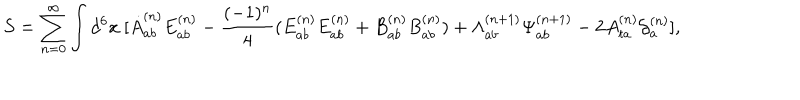
LaTeX: S = \sum _ { n = 0 } ^ { \infty } \int d ^ { 6 } x \ [ \dot { A } _ { a b } ^ { ( n ) } E _ { a b } ^ { ( n ) } - \frac { ( - 1 ) ^ { n } } { 4 } ( E _ { a b } ^ { ( n ) } E _ { a b } ^ { ( n ) } + B _ { a b } ^ { ( n ) } B _ { a b } ^ { ( n ) } ) + { \Lambda } _ { a b } ^ { ( n + 1 ) } { \Psi } _ { a b } ^ { ( n + 1 ) } - 2 A _ { t a } ^ { ( n ) } { \cal G } _ { a } ^ { ( n ) } ] ,